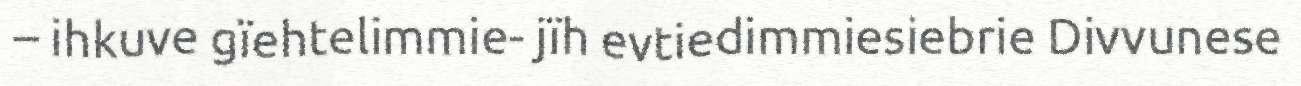
– ihkuve gïehtelimmie- jïh evtiedimmiesiebrie Divvunese